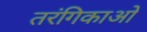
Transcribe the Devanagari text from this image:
तरंगिकाओं